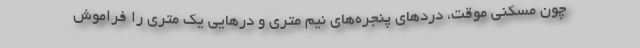
چون مسكني موقت، دردهاي پنجره‌هاي نيم متري و درهايي يك متري را فراموش